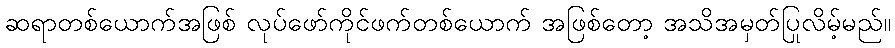
ဆရာတစ်ယောက်အဖြစ် လုပ်ဖော်ကိုင်ဖက်တစ်ယောက် အဖြစ်တော့ အသိအမှတ်ပြုလိမ့်မည်။